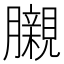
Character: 𮍊